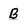
Character: B